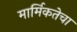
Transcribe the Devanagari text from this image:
मार्मिकतेचा